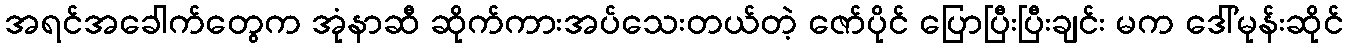
အရင်အခေါက်တွေက အုံနာဆီ ဆိုက်ကားအပ်သေးတယ်တဲ့ ဇော်ပိုင် ပြောပြီးပြီးချင်း မက ဒေါ်မုန်းဆိုင်